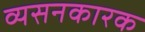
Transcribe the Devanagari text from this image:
व्यसनकारक